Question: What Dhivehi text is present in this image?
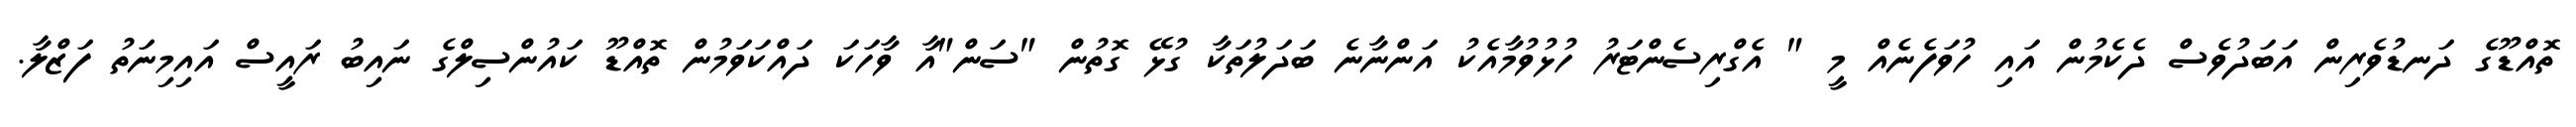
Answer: ތޮއްޑޫގެ ދަނޑުވެރިން އަބަދުވެސް ދެކެމުން އައި ހުވަފެނެއް މީ " އެގްރިސެންޓަރު ހުޅުވުމާއެކު އަންނާނެ ބަދަލުތަކާ ގުޅޭ ގޮތުން "ސަން"އާ ވާހަކަ ދައްކަވަމުން ތޮއްޑޫ ކައުންސިލްގެ ނައިބު ރައީސް އައިމިނަތު ފަޒްލާ.